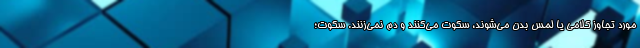
مورد تجاوز کلامی یا لمس بدن می‌شوند، سکوت می‌کنند و دم نمی‌زنند. سکوت؛